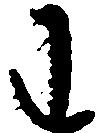
わ